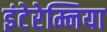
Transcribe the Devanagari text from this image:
इंटेरेम्निया